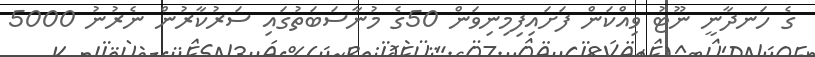
ގެ ހަނދާނީ ނޫޓު ވިއްކަން ފަށައިފިމިނިވަން 50ގެ މުނާސަބަތުގައި ސަރުކާރުން ނެރުނު 5000